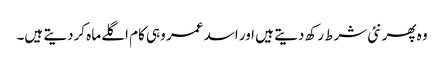
وہ پھر نئی شرط رکھ دیتے ہیں اور اسد عمر وہی کام اگلے ماہ کردیتے ہیں۔